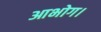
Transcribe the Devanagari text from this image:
आभोग।